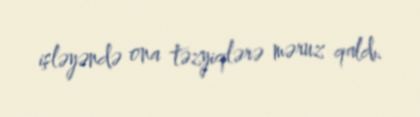
işləyəndə ona təzyiqlərə məruz qaldı.